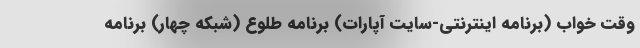
وقت خواب (برنامه اینترنتی-سایت آپارات) برنامه طلوع (شبکه چهار) برنامه